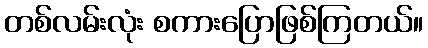
တစ်လမ်းလုံး စကားပြောဖြစ်ကြတယ်။